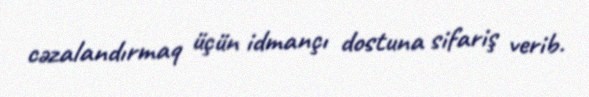
cəzalandırmaq üçün idmançı dostuna sifariş verib.